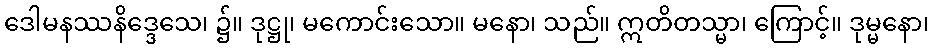
ဒေါမနဿနိဒ္ဒေသေ၊ ၌။ ဒုဋ္ဌု၊ မကောင်းသော။ မနော၊ သည်။ ဣတိတသ္မာ၊ ကြောင့်။ ဒုမ္မနော၊